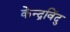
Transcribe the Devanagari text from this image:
केन्द्रविंदु